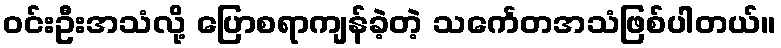
ဝင်းဦးအသံလို့ ပြောစရာကျန်ခဲ့တဲ့ သင်္ကေတအသံဖြစ်ပါတယ်။